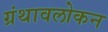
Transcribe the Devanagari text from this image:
ग्रंथावलोकन